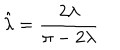
\hat { \lambda } = \frac { 2 \lambda } { \pi - 2 \lambda }